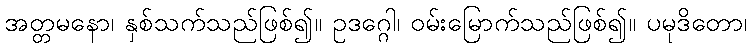
အတ္တမနော၊ နှစ်သက်သည်ဖြစ်၍။ ဥဒဂ္ဂေါ၊ ဝမ်းမြောက်သည်ဖြစ်၍။ ပမုဒိတော၊